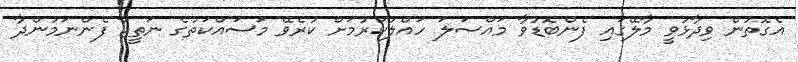
އެގޮތުން ވިދާޅުވީ މާލޭގައި ފެންބޮޑުވާ މައްސަލަ ހައްލުކުރުމަށް ކުރެވޭ މަސައްކަތުގެ ނަތީޖާ ފެންނަމުންދާ